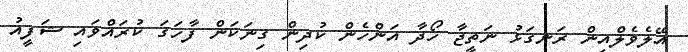
އޭލެވެލްއިން ރަނގަޅު ނަތީޖާ ހޯދާ އަންހެން ކުދިން ގިނަކަން ފާހަގަ ކުރައްވައި ޝަފީއު